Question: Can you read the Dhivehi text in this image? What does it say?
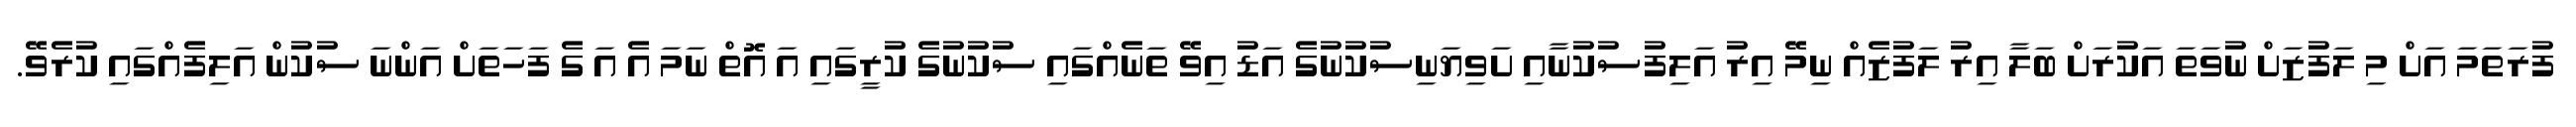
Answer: ފުރަތަމަ އަށް މި ލަފުޒަށް ނުވަތަ އަކުރަށް ބަލާ އިރު ލަފުޒެއް ނިމޭ އިރު އަލިފުސުކުނާއި ށަވިޔަނިސުކުނުގެ އަޑު އިވޭ ތަނެއްގައި ސުކުނުގެ ކުރީގައި އަ އޮތް ނަމަ އެ އަ ގެ ފަހަތަށް އަންނަ ސުކުން އަލިފެއްގައި ކުރެވޭ.